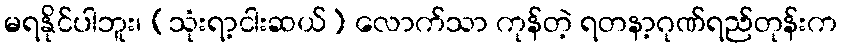
မရနိုင်ပါဘူး၊ (သုံးရာ့ငါးဆယ်) လောက်သာ ကုန်တဲ့ ရတနာ့ဂုဏ်ရည်တုန်းက